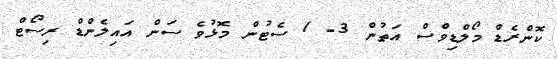
ކޮންރެޑް މޯލްޑިވްސް އަތުން 3- 1 ސެޓުން މޮޅުވެ ސަން އައިލެންޑް ރިސޯޓް